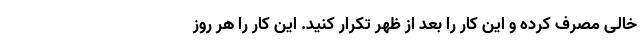
خالی مصرف کرده و این کار را بعد از ظهر تکرار کنید. این کار را هر روز